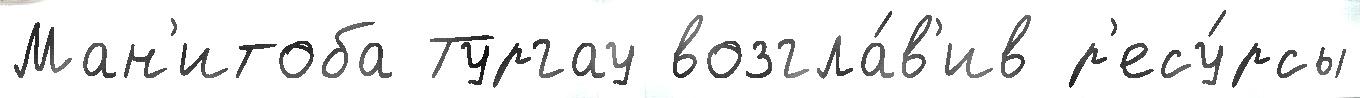
Ман'итоба Тургау возгла́в'ив р'есу́рсы